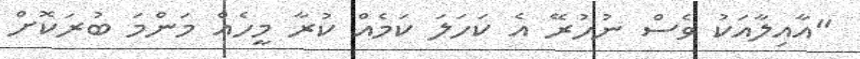
"އާއިލާއަކު ވެސް ނުހުރޭ އެ ކަހަލަ ކަމެއް ކުރާ މީހެއް މަންމަ ބުރަކޮށް